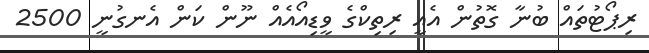
ރިޕޯޓުތައް ބުނާ ގޮތުން އެއީ ރިތިކްގެ ވީޑިއޯއެއް ނޫން ކަން އެނގުނީ 2500